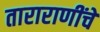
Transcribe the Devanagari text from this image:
ताराराणींचे